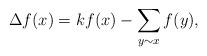
LaTeX: \begin{align*}\Delta f(x)=k f(x)-\sum_{y\sim x}f(y),\end{align*}